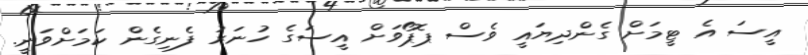
އީސަ އެ ޓީމަށް ގެންދިޔައީ ވެސް ޕޮޕޯވަށް އީސަގެ ހުނަރު ފެނިގެން ކަމަށްވަނީ.